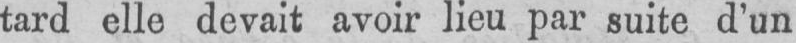
tard elle devait avoir lieu par suite d’un